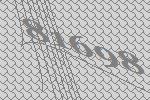
81698